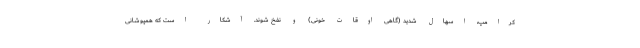
کرامپ، اسهال شدید (گاهی اوقات خونی) و نفخ شوند. آشکار است که همپوشانی